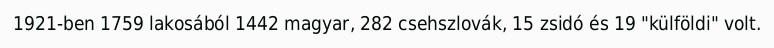
1921-ben 1759 lakosából 1442 magyar, 282 csehszlovák, 15 zsidó és 19 "külföldi" volt.